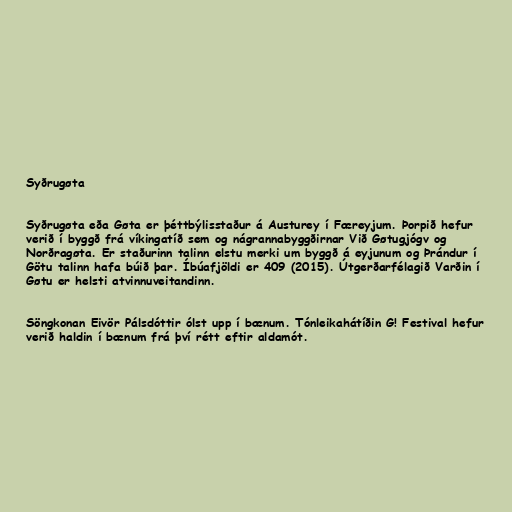
Syðrugøta

Syðrugøta eða Gøta er þéttbýlisstaður á Austurey í Færeyjum. Þorpið hefur
verið í byggð frá víkingatíð sem og nágrannabyggðirnar Við Gøtugjógv og
Norðragøta. Er staðurinn talinn elstu merki um byggð á eyjunum og Þrándur í
Götu talinn hafa búið þar. Íbúafjöldi er 409 (2015). Útgerðarfélagið Varðin í
Gøtu er helsti atvinnuveitandinn.

Söngkonan Eivör Pálsdóttir ólst upp í bænum. Tónleikahátíðin G! Festival hefur
verið haldin í bænum frá því rétt eftir aldamót.